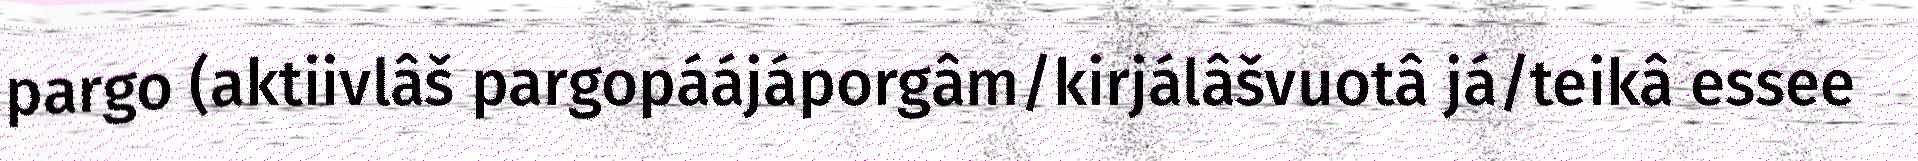
pargo (aktiivlâš pargopáájáporgâm/kirjálâšvuotâ já/teikâ essee